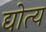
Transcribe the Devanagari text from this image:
द्योत्य